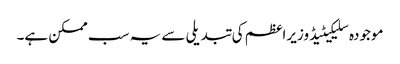
موجودہ سلیکیٹیڈ وزیراعظم کی تبدیلی سے یہ سب ممکن ہے۔